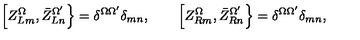
\left[ Z _ { L m } ^ { \Omega } , \bar { Z } _ { L n } ^ { \Omega ^ { \prime } } \right\} = \delta ^ { \Omega \Omega ^ { \prime } } \delta _ { m n } , \qquad \left[ Z _ { R m } ^ { \Omega } , \bar { Z } _ { R n } ^ { \Omega ^ { \prime } } \right\} = \delta ^ { \Omega \Omega ^ { \prime } } \delta _ { m n } ,